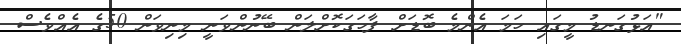
"އަޅުގަނޑު މީގައި ހަމަ އެންމެ ބޮޑަށް ފާހަަގަކޮށްލަން ބޭނުންވަނީ މިނިވަން 50ގެ އެއްވެސް